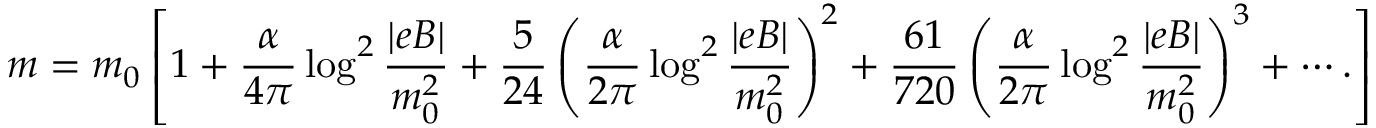
m = m _ { 0 } \left[ 1 + \frac { \alpha } { 4 \pi } \log ^ { 2 } \frac { | e B | } { m _ { 0 } ^ { 2 } } + \frac { 5 } { 2 4 } \left( \frac { \alpha } { 2 \pi } \log ^ { 2 } \frac { | e B | } { m _ { 0 } ^ { 2 } } \right) ^ { 2 } + \frac { 6 1 } { 7 2 0 } \left( \frac { \alpha } { 2 \pi } \log ^ { 2 } \frac { | e B | } { m _ { 0 } ^ { 2 } } \right) ^ { 3 } + \cdots . \right]